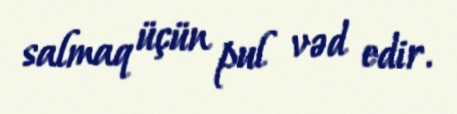
salmaq üçün pul vəd edir.